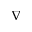
\nabla